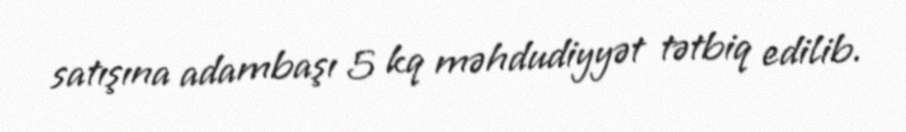
satışına adambaşı 5 kq məhdudiyyət tətbiq edilib.